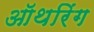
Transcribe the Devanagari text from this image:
ऑथरिंग